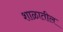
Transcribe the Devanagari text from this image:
शाळातील